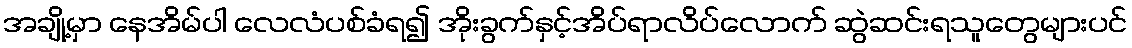
အချို့မှာ နေအိမ်ပါ လေလံပစ်ခံရ၍ အိုးခွက်နှင့်အိပ်ရာလိပ်လောက် ဆွဲဆင်းရသူတွေများပင်